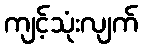
ကျင့်သုံးလျက်